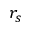
r _ { s }